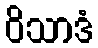
ဝိသာဒံ